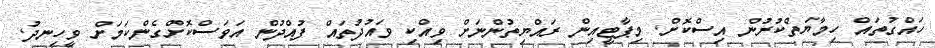
ހައްގުތައް ހިމާޔަތްކުރުން އިސްކޮށް